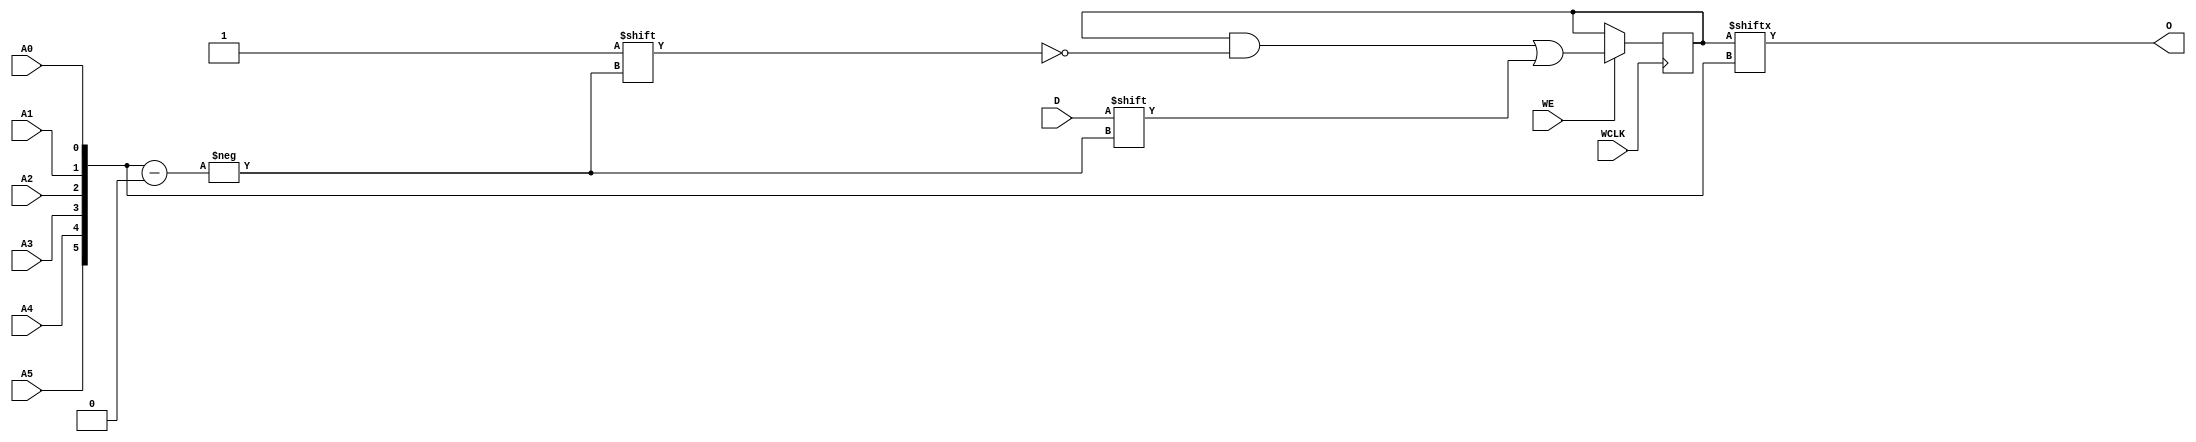
// $Header: /devl/xcs/repo/env/Databases/CAEInterfaces/verunilibs/data/unisims/RAM64X1S.v,v 1.8 2005/03/14 22:32:58 yanx Exp $
///////////////////////////////////////////////////////////////////////////////
// Copyright (c) 1995/2004 Xilinx, Inc.
// All Right Reserved.
///////////////////////////////////////////////////////////////////////////////
//   ____  ____
//  /   /\/   /
// /___/  \  /    Vendor : Xilinx
// \   \   \/     Version : 10.1
//  \   \         Description : Xilinx Functional Simulation Library Component
//  /   /                  Static Synchronous RAM 64-Deep by 1-Wide
// /___/   /\     Filename : RAM64X1S.v
// \   \  /  \    Timestamp : Thu Mar 25 16:43:34 PST 2004
//  \___\/\___\
//
// Revision:
//    03/23/04 - Initial version.
//    02/04/05 - Rev 0.0.1 Remove input/output bufs; Remove for-loop in initial block;
// End Revision

`timescale  1 ps / 1 ps


module RAM64X1S (O, A0, A1, A2, A3, A4, A5, D, WCLK, WE);

    parameter INIT = 64'h0000000000000000;

    output O;

    input  A0, A1, A2, A3, A4, A5, D, WCLK, WE;

    reg   [63:0] mem;
    wire [5:0] adr;

    assign adr = {A5, A4, A3, A2, A1, A0};
    assign O = mem[adr];

    initial 
        mem = INIT;

    always @(posedge WCLK) 
        if (WE == 1'b1)
            mem[adr] <= #100 D;

endmodule